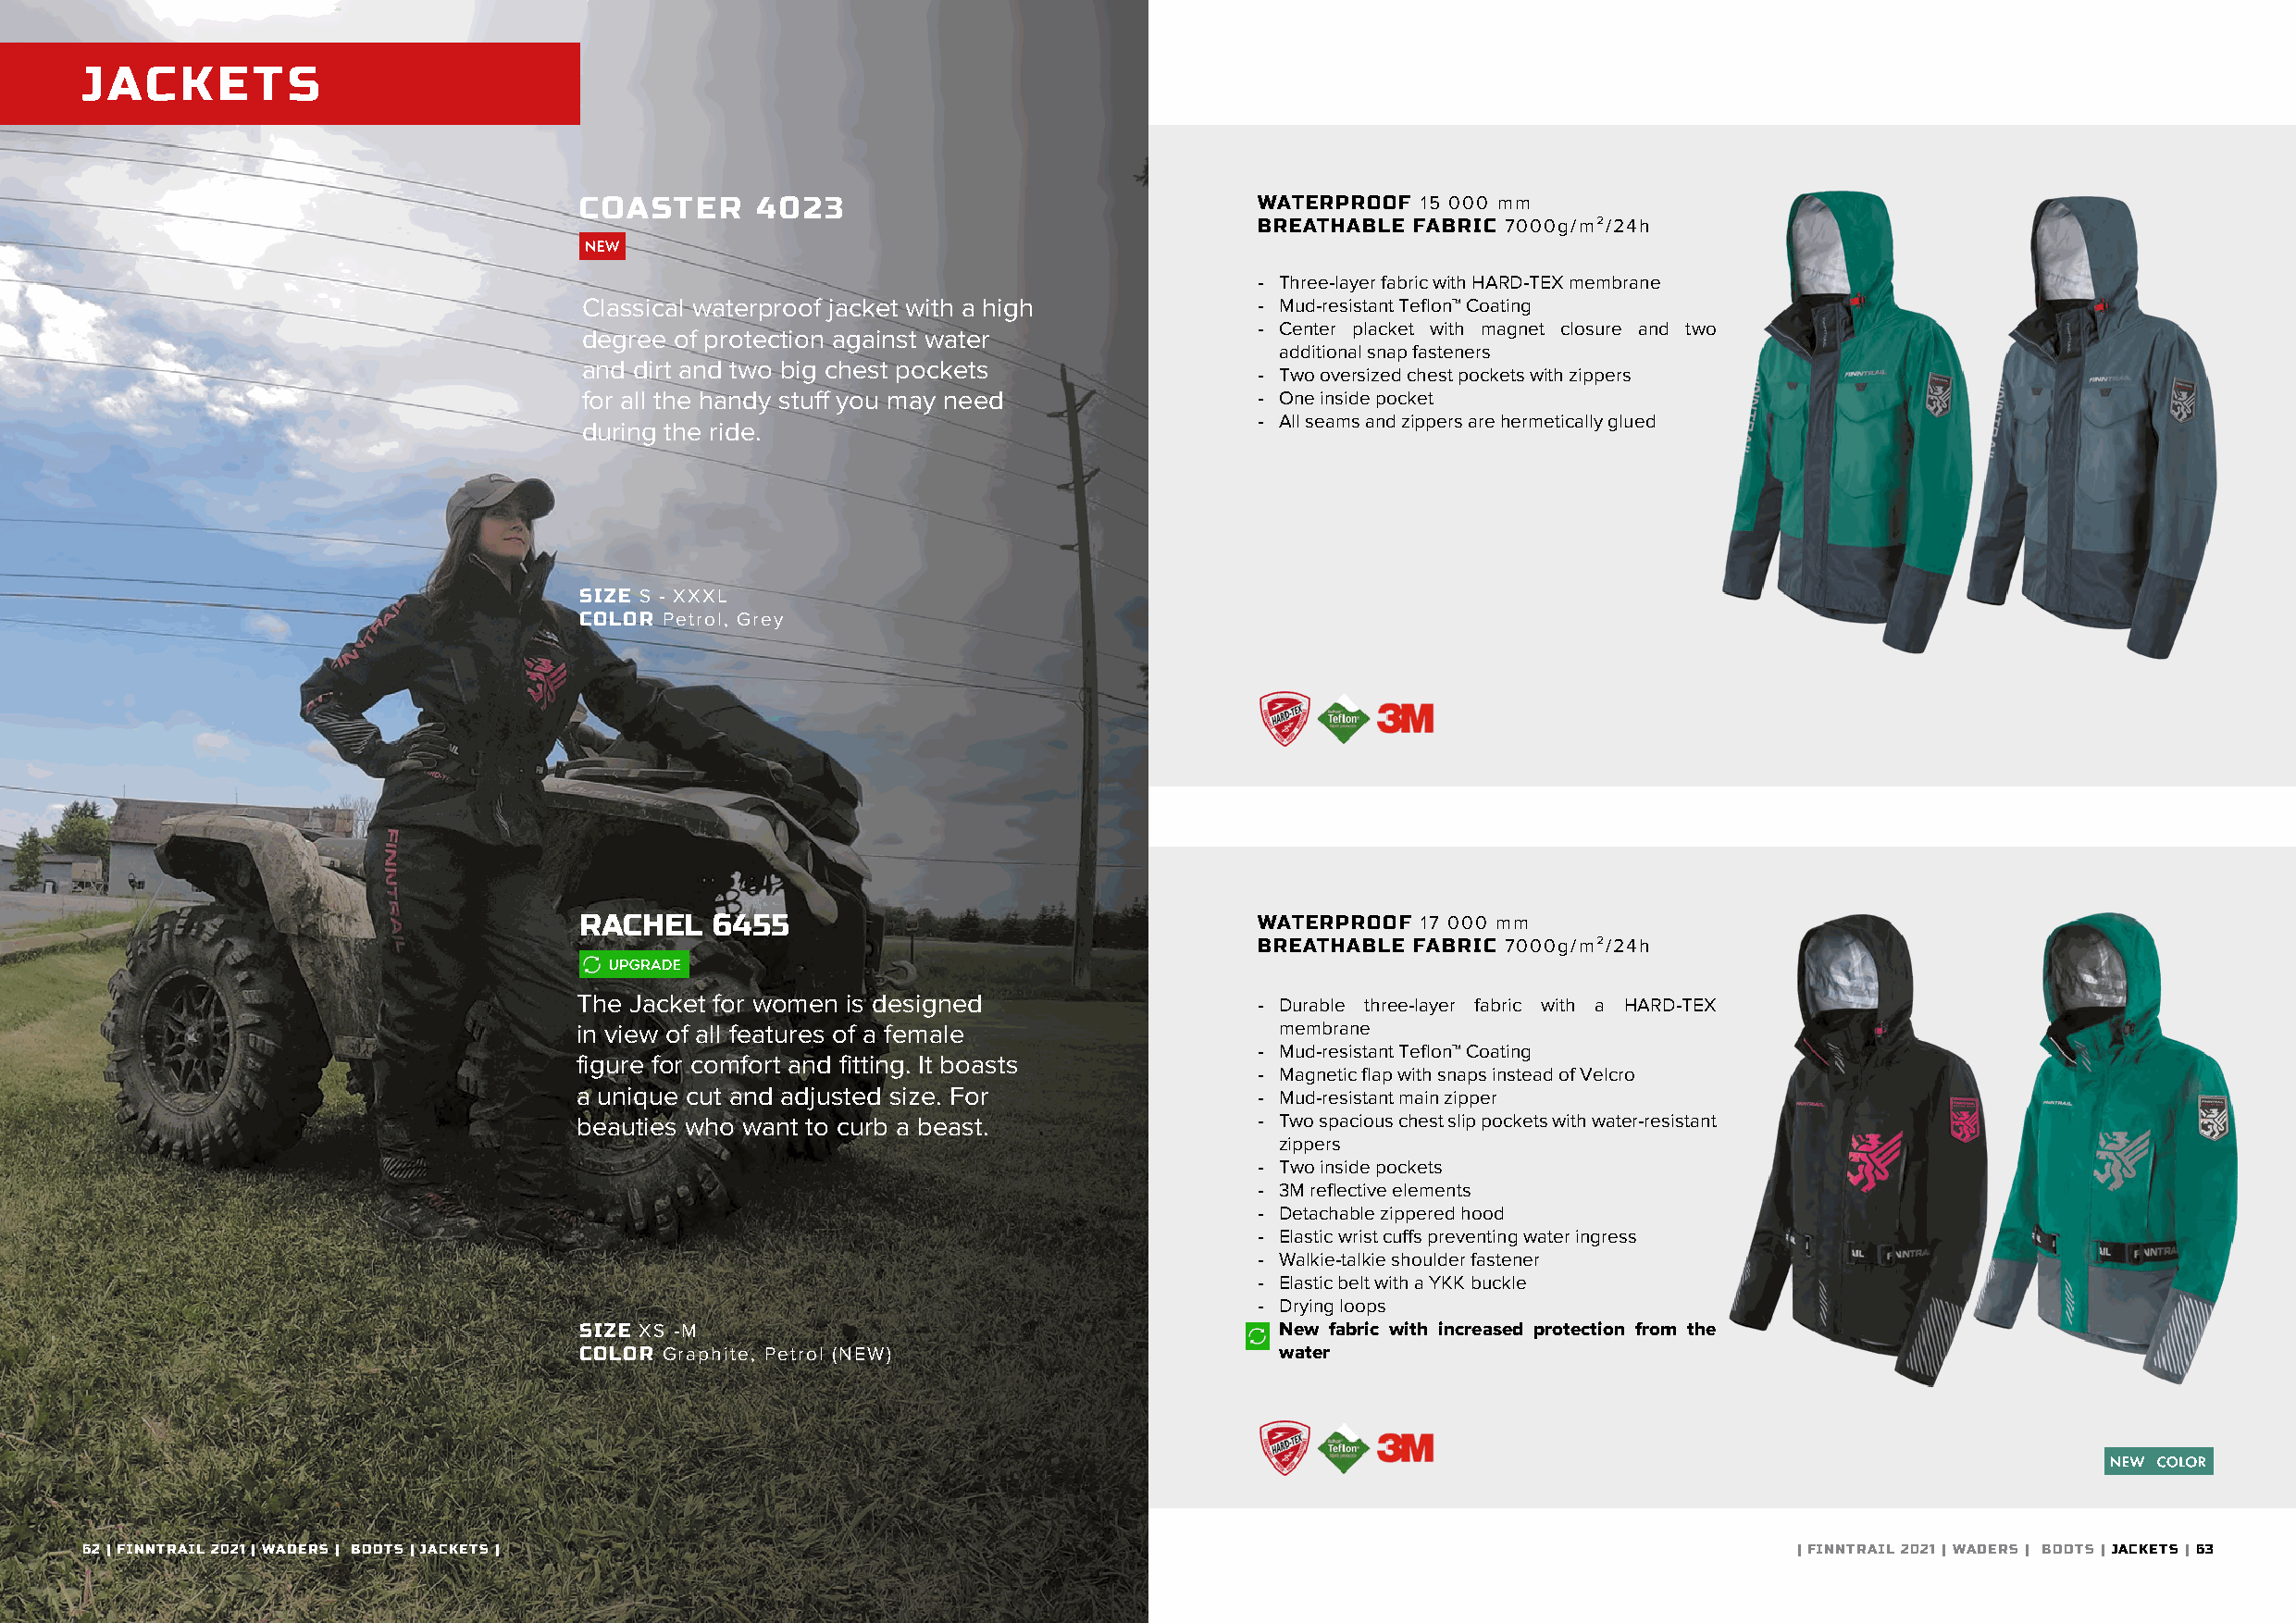
JACKETS
 COASTER      4023                                WATERPROOF  15 000 mm
 BREATHABLE FABRIC 7000g/m²/24h
 - Three-layer fabric with HARD-TEX membrane
 Classical waterproof jacket with a high         - Mud-resistant Teflon™ Coating
 - Center placket with magnet closure and two
 degree of protection against water
 additional snap fasteners
 and dirt and two big chest pockets
 - Two oversized chest pockets with zippers
 for all the handy stuff you may need            - One inside pocket
 - All seams and zippers are hermetically glued
 during the ride.
 SIZE S - XXXL
 COLOR Petrol, Grey
 RACHEL    6455                                   WATERPROOF  17 000 mm
 BREATHABLE FABRIC 7000g/m²/24h
 The Jacket for women is designed                 - Durable three-layer fabric with a HARD-TEX
 in view of all features of a female               membrane
 - Mud-resistant Teflon™ Coating
 figure for comfort and fitting. It boasts
 - Magnetic flap with snaps instead of Velcro
 a unique cut and adjusted size. For              - Mud-resistant main zipper
 beauties who want to curb a beast.               - Two spacious chest slip pockets with water-resistant
 zippers
 - Two inside pockets
 - 3M reflective elements
 - Detachable zippered hood
 - Elastic wrist cuffs preventing water ingress
 - Walkie-talkie shoulder fastener
 - Elastic belt with a YKK buckle
 - Drying loops
 SIZE XS -M                                       - New fabric with increased protection from the
 COLOR Graphite, Petrol (NEW)                      water
 6622 || FFIINNNNTTRRAAIILL 22002211 || WWAADDEERRSS || WBOAODTESR S| JFAOCRK EKTISD S| | WADERS FOR WOMEN |                | FINNTRAIL 2021 | WADERS | BOOTS | JACKETS | 63